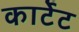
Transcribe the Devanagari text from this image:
कार्टेट